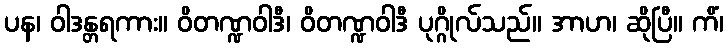
ပန၊ ဝါဒန္တရကား။ ဝိတဏ္ဍဝါဒီ၊ ဝိတဏ္ဍဝါဒီ ပုဂ္ဂိုလ်သည်။ အာဟ၊ ဆိုပြီ။ ကိံ၊